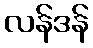
လန်ဒန်